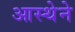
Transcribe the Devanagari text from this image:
आस्‍थेने